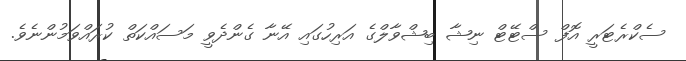
ސެކްރެޓަރީ އޮފް ސްޓޭޓް ނިޝާ ބިޝްވާލްގެ އަރިހުގައި އޭނާ ގެންދެވީ މަސައްކަތް ކުރައްވަމުންނެވެ.